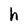
Character: h